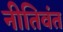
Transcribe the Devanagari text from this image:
नीतिवंत